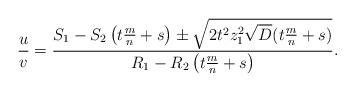
LaTeX: \begin{align*}\frac{u}{v}= \frac{ S_{1} -S_{2} \left(t \frac{m}{n} + s\right) \pm \sqrt{2 t^2z_{1}^2 \sqrt{D} (t \frac{m}{n} + s) }}{R_{1} - R_{2} \left(t \frac{m}{n} + s\right)}.\end{align*}